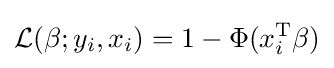
{\mathcal {L}}(\beta ;y_{i},x_{i})=1-\Phi (x_{i}^{\operatorname {T} }\beta )